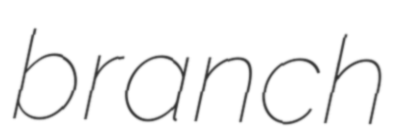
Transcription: branch